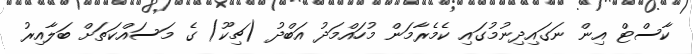
ކާސްޓް އިން ނަގައިދިނުމުގައި ކެމެރާމަން މުހައްމަދު އަބްދު (ޗިކޫ) ގެ މަސައްކަތަށް ބަލާއިރު